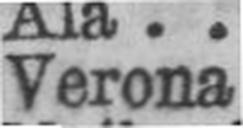
Verona